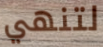
لتنهي